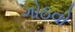
ગોઠવો